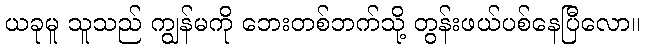
ယခုမူ သူသည် ကျွန်မကို ဘေးတစ်ဘက်သို့ တွန်းဖယ်ပစ်နေပြီလော။